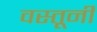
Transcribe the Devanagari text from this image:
वस्तूनी